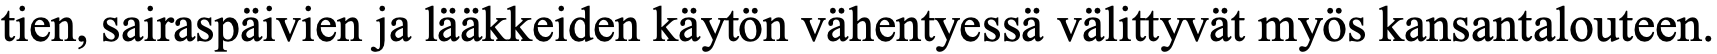
tien, sairaspäivien ja lääkkeiden käytön vähentyessä välittyvät myös kansantalouteen.